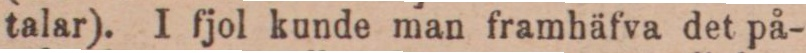
talar). I fjol kunde man framhäfva det på-